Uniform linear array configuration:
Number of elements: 4
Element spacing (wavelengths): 0.75
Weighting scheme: cosine
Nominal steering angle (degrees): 60
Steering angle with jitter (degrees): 60.575
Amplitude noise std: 0.05
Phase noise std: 0.05

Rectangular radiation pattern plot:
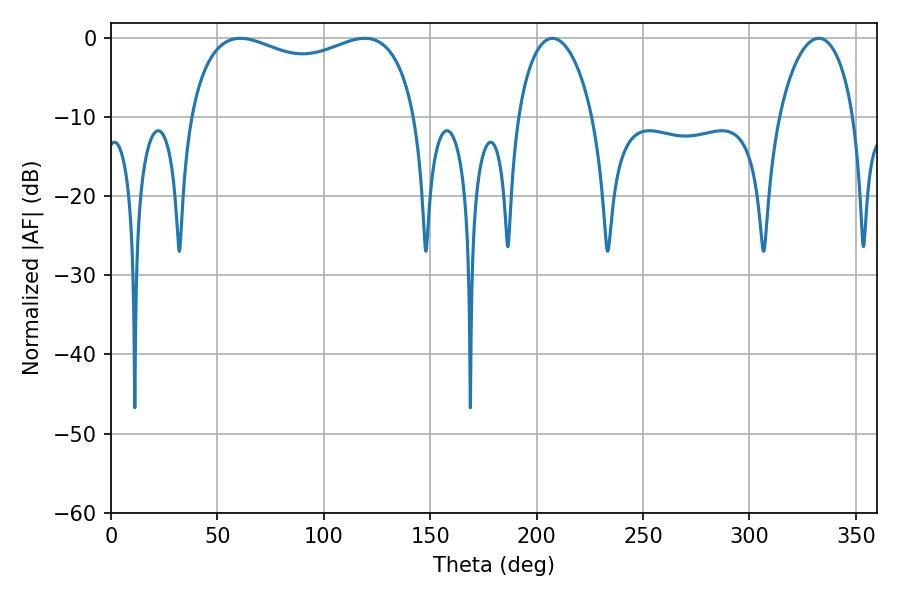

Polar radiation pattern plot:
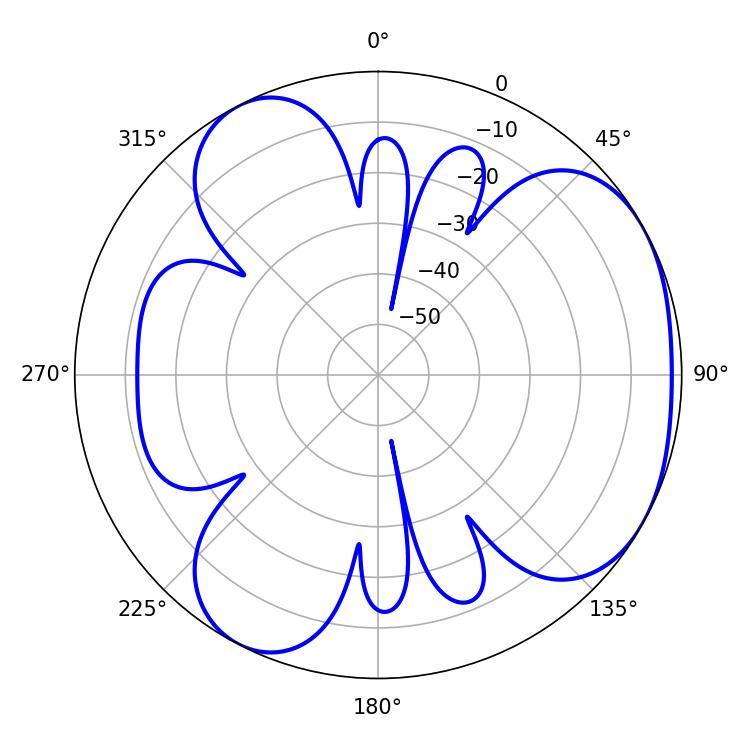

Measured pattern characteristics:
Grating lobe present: TRUE
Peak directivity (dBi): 4.035
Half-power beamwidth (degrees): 88.2
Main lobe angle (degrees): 119.16